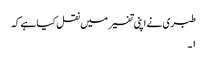
طبری نے اپنی تفسیر میں نقل کیا ہے کہ
۱۔